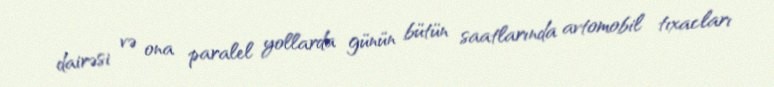
dairəsi və ona paralel yollarda günün bütün saatlarında avtomobil tıxacları